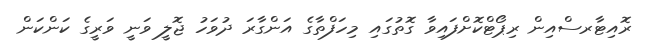
ރޮއިޓާރސްއިން ރިޕޯޓްކޮށްފައިވާ ގޮތުގައި މިހަފްތާގެ އަންގާރަ ދުވަހު ޖޮލީ ވަނީ ވަރީގެ ކަންކަން